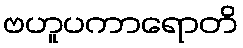
ဗဟူပကာရောတိ